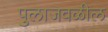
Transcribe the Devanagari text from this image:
पुलाजवळील